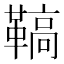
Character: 𩌡